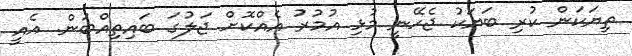
ތިޔަކަން ކުރި ބަޔަކު ޖެހޭނީ މުޅި އުމުރު އެއްކޮށް ޖަލުގަ ބައިތިއްބަން. އެއީ